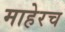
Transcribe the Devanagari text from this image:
माहेरच